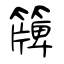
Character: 簰